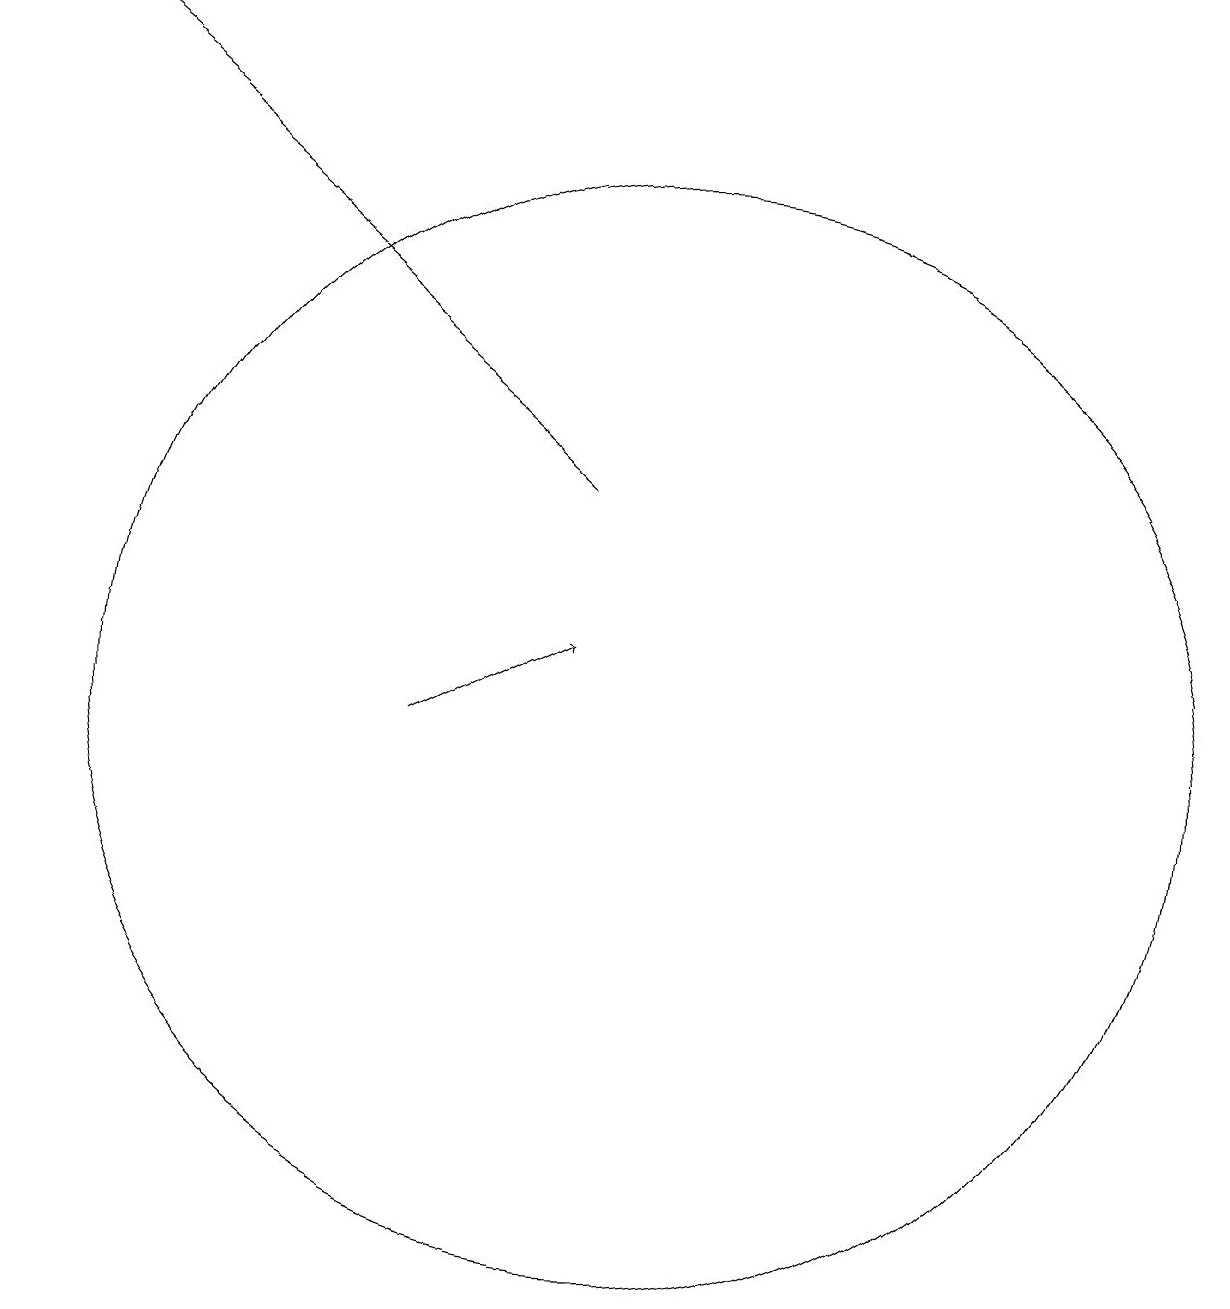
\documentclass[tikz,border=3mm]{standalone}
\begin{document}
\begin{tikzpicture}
\draw[->] (7,10) -- (9,11);
\draw[->] (9,13) -- (2,19);
\draw (10,10) circle (7);
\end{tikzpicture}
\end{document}